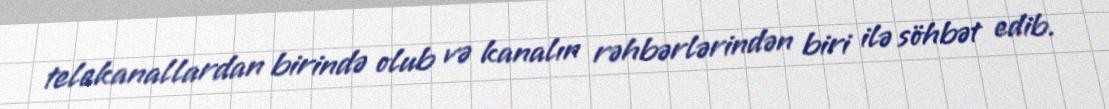
telekanallardan birində olub və kanalın rəhbərlərindən biri ilə söhbət edib.